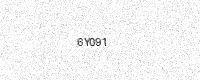
Text: 6Y091